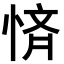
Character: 𭝚